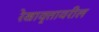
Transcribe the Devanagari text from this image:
रेखावृत्तावरील